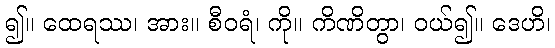
၍။ ထေရဿ၊ အား။ စီဝရံ၊ ကို။ ကိဏိတွာ၊ ဝယ်၍။ ဒေဟိ၊